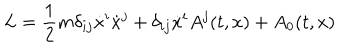
L = \frac { 1 } { 2 } m \delta _ { i j } \dot { x } ^ { i } \dot { x } ^ { j } + \delta _ { i j } \dot { x } ^ { i } A ^ { j } ( t , x ) + A _ { 0 } ( t , x )